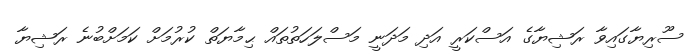
ސޫރިޔާގައިވާ ރަޝިޔާގެ އަސްކަރީ އަދި މަދަނީ މަސްލަހަތުތައް ޙިމާޔަތް ކުރުމަށް ކަމަށްބުނެ ރަޝިޔާ